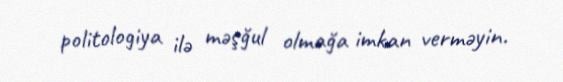
politologiya ilə məşğul olmağa imkan verməyin.